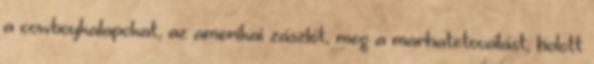
a cowboykalapokat, az amerikai zászlót, meg a marhatetoválást, holott